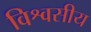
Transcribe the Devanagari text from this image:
विश्वसीय